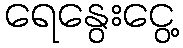
ရေနွေးငွေ့